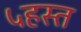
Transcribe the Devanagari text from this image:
५हस्त